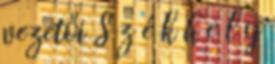
vezetői S z é k h e l y